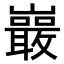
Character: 𭗭